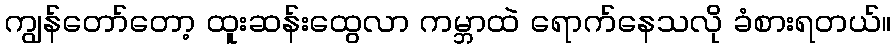
ကျွန်တော်တော့ ထူးဆန်းထွေလာ ကမ္ဘာထဲ ရောက်နေသလို ခံစားရတယ်။